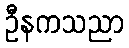
ဦနကသညာ